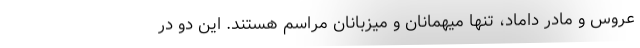
عروس و مادر داماد، تنها میهمانان و میزبانان مراسم هستند. این دو در